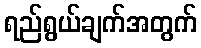
ရည်ရွယ်ချက်အတွက်